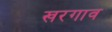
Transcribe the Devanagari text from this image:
खरगाव